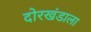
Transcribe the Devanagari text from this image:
दोरखंडाला